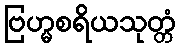
ဗြဟ္မစရိယသုတ္တံ